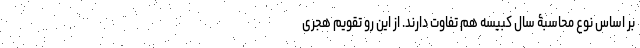
بر اساس نوع محاسبۀ سال کبیسه هم تفاوت دارند. از این رو تقویم هجری